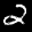
Label: 2